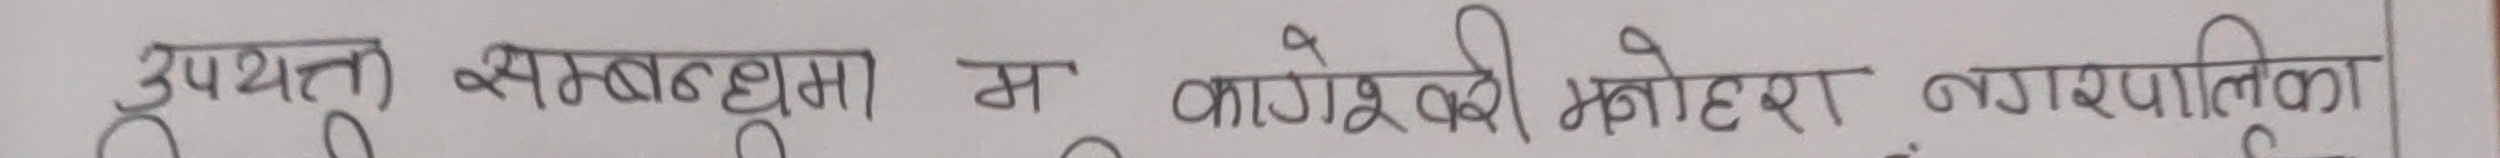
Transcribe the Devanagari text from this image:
उपयत्न सम्बादधुमा म कागेश्वरी मनोहरा नगरपालिका